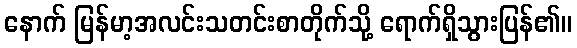
နောက် မြန်မာ့အလင်းသတင်းစာတိုက်သို့ ရောက်ရှိသွားပြန်၏။